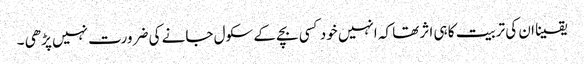
یقینا ان کی تربیت کا ہی اثر تھا کہ انہیں خود کسی بچے کے سکول جانے کی ضرورت نہیں پڑھی ۔